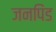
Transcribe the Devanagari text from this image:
जनपिंड